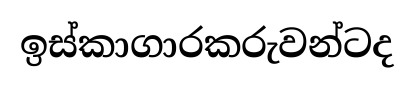
ඉස්කාගාරකරුවන්ටද